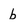
Character: b